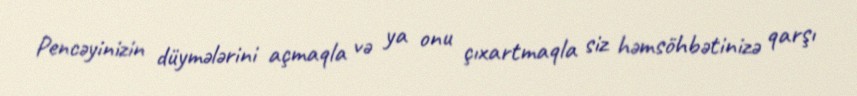
Pencəyinizin düymələrini açmaqla və ya onu çıxartmaqla siz həmsöhbətinizə qarşı